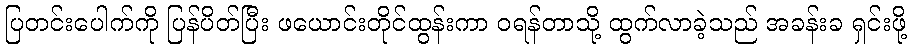
ပြတင်းပေါက်ကို ပြန်ပိတ်ပြီး ဖယောင်းတိုင်ထွန်းကာ ဝရန်တာသို့ ထွက်လာခဲ့သည် အခန်းခ ရှင်းဖို့